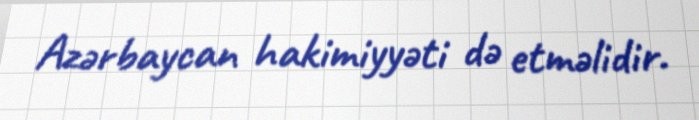
Azərbaycan hakimiyyəti də etməlidir.